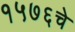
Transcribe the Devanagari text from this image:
१५७६चे